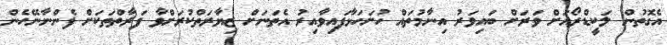
އެގޮތުން ލަކީޑްރޯއަށް ވަރަށް ބައިވަރު އިނާމުތައް ހުށަހަޅާފައިވާއިރު އެތަނަށް ޒިޔާރަތްކުރަށްވާ ފަރާތްތަކަށް ފެންނާނޭހެން